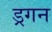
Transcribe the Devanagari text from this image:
ड्रगन